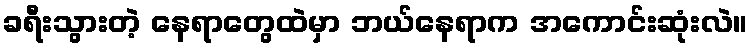
ခရီးသွားတဲ့ နေရာတွေထဲမှာ ဘယ်နေရာက အကောင်းဆုံးလဲ။